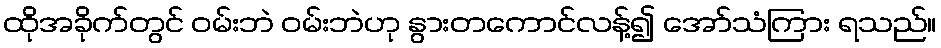
ထိုအခိုက်တွင် ဝမ်းဘဲ ဝမ်းဘဲဟု နွားတကောင်လန့်၍ အော်သံကြား ရသည်။